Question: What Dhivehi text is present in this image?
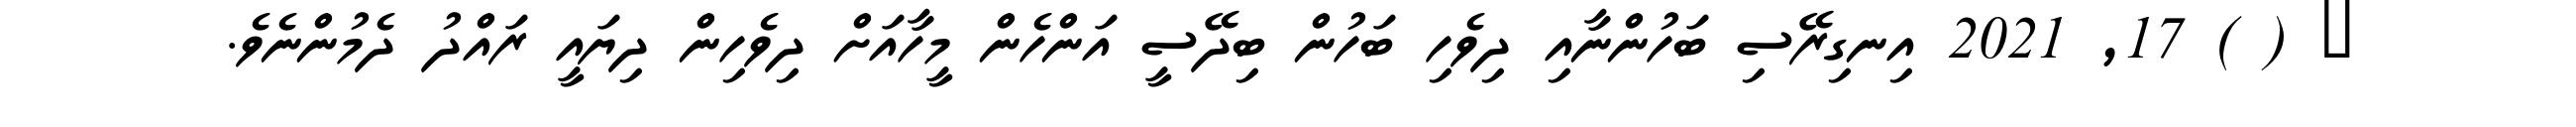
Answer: ? ( ) 17, 2021 އިނގިރޭސި ބަހުންނާއި ދިވެހި ބަހުން ބިދޭސީ އަންހެން މީހާއަށް ދިވެހިން ދިޔައީ ރައްދު ދެމުންނެވެ.